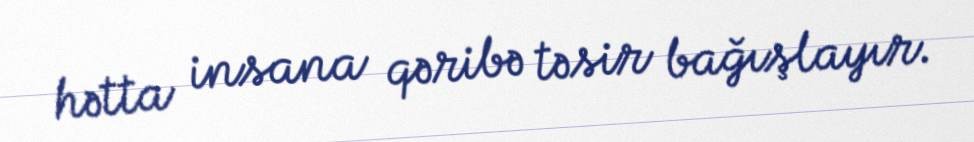
hətta insana qəribə təsir bağışlayır.